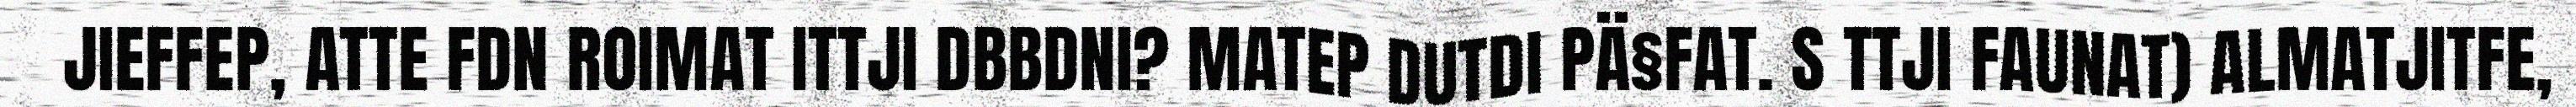
JIEFFEP, ATTE FDN ROIMAT ITTJI DBBDNI? MATEP DUTDI PÄ§FAT. S TTJI FAUNAT) ALMATJITFE,